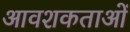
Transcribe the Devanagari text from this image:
आवशकताओं